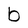
Character: b